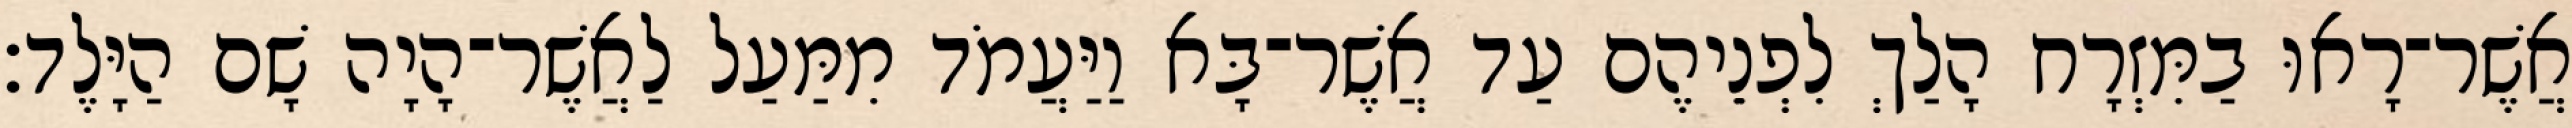
אֲשֶׁר־רָאוּ בַמִּזְרָח הָלַךְ לִפְנֵיהֶם עַד אֲשֶׁר־בָּא וַיַּעֲמֹד מִמַּעַל לַאֲשֶׁר־הָיָה שָׁם הַיָּלֶד׃